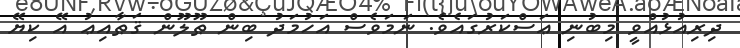
ދިރިއުޅުއްވީ މިބުނި ޢަސްކަރުގައެވެ. ނަމަވެސް އަހުމަދު ބިން ޠޫލޫން ޤަޠާއިޢު އޭ ކިޔޭ